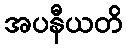
အပနီယတိ